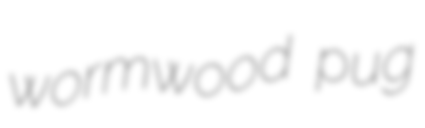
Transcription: wormwood pug